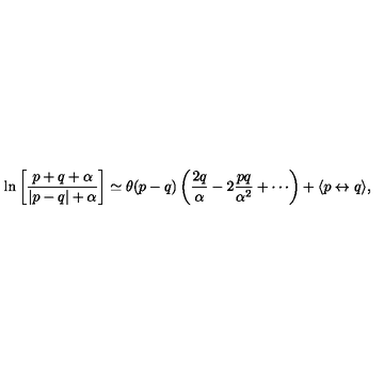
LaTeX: \ln \left[ \frac { p + q + \alpha } { | p - q | + \alpha } \right] \simeq \theta ( p - q ) \left( \frac { 2 q } { \alpha } - 2 \frac { p q } { \alpha ^ { 2 } } + \cdots \right) + \langle p \leftrightarrow q \rangle ,